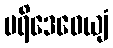
ပရိဒေဝေယျံ